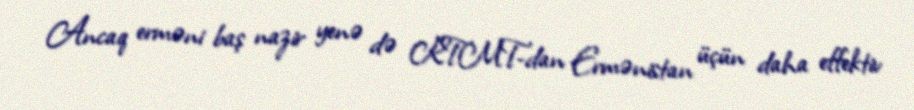
Ancaq erməni baş nazir yenə də KTMT-dan Ermənistan üçün daha effektiv